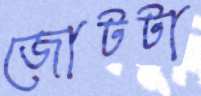
জোটটা